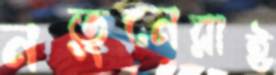
নতুনেরাই